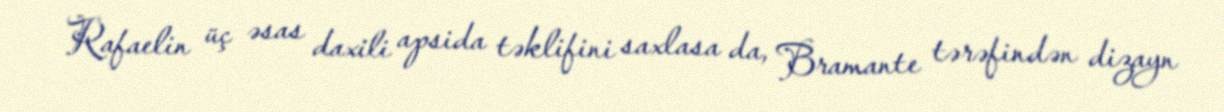
Rafaelin üç əsas daxili apsida təklifini saxlasa da, Bramante tərəfindən dizayn